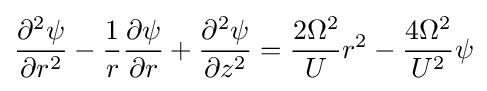
{\frac {\partial ^{2}\psi }{\partial r^{2}}}-{\frac {1}{r}}{\frac {\partial \psi }{\partial r}}+{\frac {\partial ^{2}\psi }{\partial z^{2}}}={\frac {2\Omega ^{2}}{U}}r^{2}-{\frac {4\Omega ^{2}}{U^{2}}}\psi